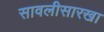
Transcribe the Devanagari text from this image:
सावलीसारखा